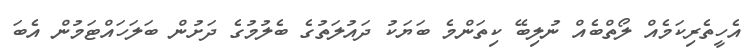
އެހީތެރިކަމެއް ލޯތްބެއް ނުލިބޭ ކިތަންމެ ބަޔަކު ދައުލަތުގެ ބެލުމުގެ ދަށުން ބަލަހައްޓަމުން އެބަ